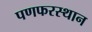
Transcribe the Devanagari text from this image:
पणफरस्थान